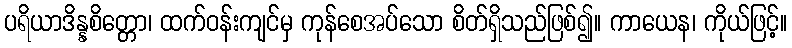
ပရိယာဒိန္နစိတ္တော၊ ထက်ဝန်းကျင်မှ ကုန်စေအပ်သော စိတ်ရှိသည်ဖြစ်၍။ ကာယေန၊ ကိုယ်ဖြင့်။